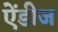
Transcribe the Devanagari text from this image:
ऐंडीज